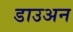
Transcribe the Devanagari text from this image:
डाउअन